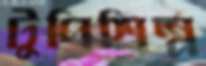
টুপিশিল্প